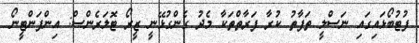
ފުޓުބޯޅައިގައި ނަސްލީ ތަފާތު ކުރާ ފަރާތްތަކާ މެދު ގެންގުޅޭނީ ޒީރޯ ޓޮލަރެންސް: އިންފަންޓީނޯ